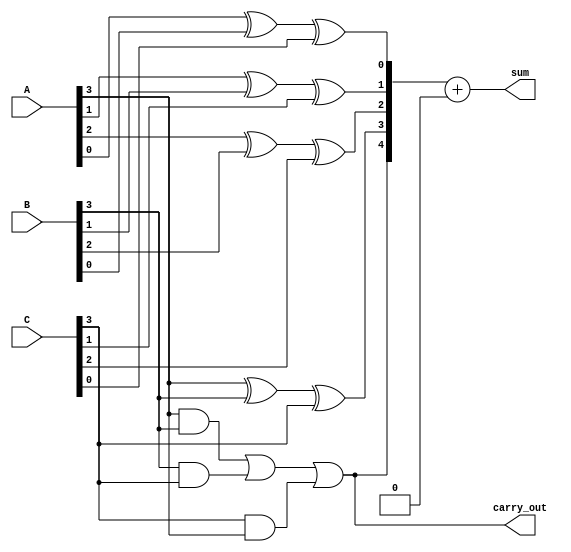
module carry_save_adder (
    input [N-1:0] A,  // First n-bit input
    input [N-1:0] B,  // Second n-bit input
    input [N-1:0] C,  // Third n-bit input
    output [N:0] sum,  // Final sum output (n bits + carry)
    output carry_out    // Final carry output
);
    parameter N = 4; // Parameter for number of bits in input operands

    wire [N-1:0] partial_sum; // Partial sum outputs
    wire [N-1:0] carry;        // Carry outputs
    wire [N-1:0] carry_temp;   // Intermediate carries

    // Stage-wise processing
    genvar i;
    generate
        for (i = 0; i < N; i = i + 1) begin : CSA_stage
            assign partial_sum[i] = A[i] ^ B[i] ^ C[i]; // Partial sum calculation
            if (i == 0) begin
                assign carry[i] = (A[i] & B[i]) | (B[i] & C[i]) | (C[i] & A[i]); // First stage carry
            end else begin
                assign carry_temp[i] = (A[i] & B[i]) | (B[i] & C[i]) | (C[i] & A[i]); // Intermediate carry
                assign carry[i] = carry_temp[i] | (carry[i-1] << 1); // Propagate carry
            end
        end
    endgenerate

    // Final stage to resolve carries
    wire [N-1:0] final_carry;
    assign final_carry = carry[N-1] ? (1 << N) : 0; // Handle final carry
    assign sum = {carry[N-1], partial_sum} + final_carry; // Final sum output
    assign carry_out = carry[N-1]; // Final carry output

endmodule